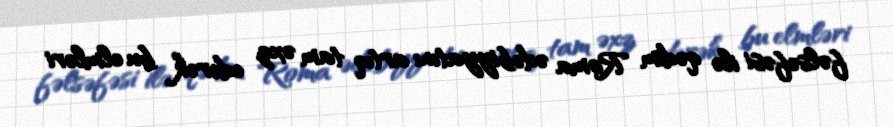
fəlsəfəsi ilə qədim Roma ədəbiyyatını artıq tam əxz edərək bu elmləri